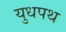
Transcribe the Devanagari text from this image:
युधपथ